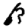
Digit: 0